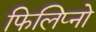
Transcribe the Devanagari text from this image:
फिलिप्नो